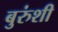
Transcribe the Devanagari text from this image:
बुरुंशी